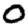
Digit: 0